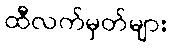
ထီလက်မှတ်များ